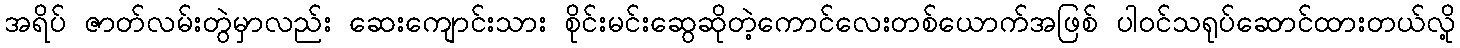
အရိပ် ဇာတ်လမ်းတွဲမှာလည်း ဆေးကျောင်းသား စိုင်းမင်းဆွေဆိုတဲ့ကောင်လေးတစ်ယောက်အဖြစ် ပါဝင်သရုပ်ဆောင်ထားတယ်လို့